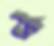
চৈ